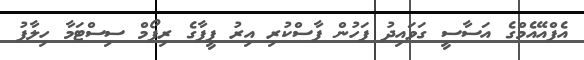
އެފްއޭއެމްގެ އަސާސީ ގަވައިދު ފަހުން ފާސްކުރި އިރު ފީފާގެ ރިފޯމް ސިސްޓަމާ ހިލާފު